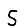
Digit: 5